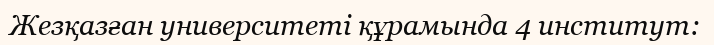
Жезқазған университеті құрамында 4 институт: